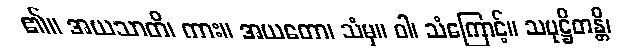
၏။ အယသာတိ၊ ကား။ အယတော၊ သံမှ။ ဝါ၊ သံကြောင့်။ သမုဋ္ဌိတန္တိ၊